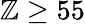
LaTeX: \mathbb{Z}\ge55